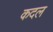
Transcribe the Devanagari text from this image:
कदल